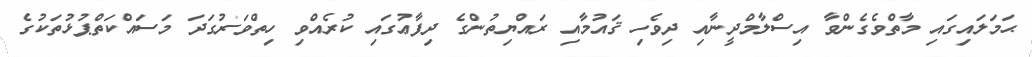
ޙަމަލައިގައި މާތްވެގެންވާ އިސްލާމްދީނާއި ދިވެހި ޤައުމާއި ރައްޔިތުންގެ ދިފާޢުގައި ކުރެއްވި ހިތްވަރުގަދަ މަސައްކަތްޕުޅުތަކުގެ